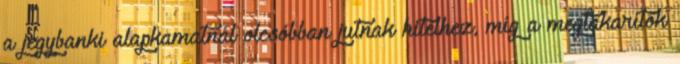
a jegybanki alapkamatnál olcsóbban jutnak hitelhez, míg a megtakarítók